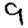
Digit: 9